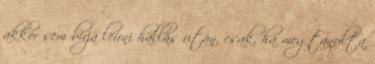
akkor sem bírja leírni hallás után, csak, ha megtanulta